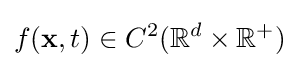
f(\mathbf {x} ,t)\in C^{2}(\mathbb {R} ^{d}\times \mathbb {R} ^{+})